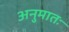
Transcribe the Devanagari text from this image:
अनुमातः